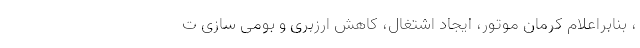
، بنابراعلام کرمان موتور، ایجاد اشتغال، کاهش ارزبری و بومی سازی ت